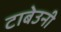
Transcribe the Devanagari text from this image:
टाबेउनी